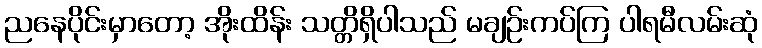
ညနေပိုင်းမှာတော့ အိုးထိန်း သတ္တိရှိပါသည် မချဉ်းကပ်ကြ ပါရမီလမ်းဆုံ